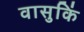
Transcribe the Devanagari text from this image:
वासुकिं